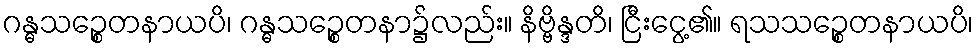
ဂန္ဓသဉ္စေတနာယပိ၊ ဂန္ဓသဉ္စေတနာ၌လည်း။ နိဗ္ဗိန္ဒတိ၊ ငြီးငွေ့၏။ ရသသဉ္စေတနာယပိ၊